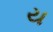
ય